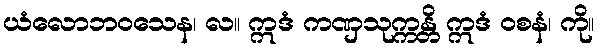
ယံလောဘဝသေန၊ လ။ ဣဒံ ကဏှသုက္ကန္တိ ဣဒံ ဝစနံ၊ ကို။